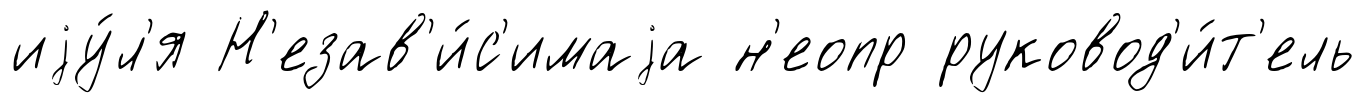
иjу́л'я Н'езав'и́с'имаjа н'еопр руковод'и́т'ель